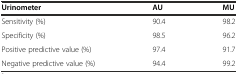
<table><thead><tr><td><b>Urinometer</b></td><td><b>AU</b></td><td><b>MU</b></td></tr></thead><tbody><tr><td>Sensitivity (%)</td><td>90.4</td><td>98.2</td></tr><tr><td>Specificity (%)</td><td>98.5</td><td>96.2</td></tr><tr><td>Positive predictive value (%)</td><td>97.4</td><td>91.7</td></tr><tr><td>Negative predictive value (%)</td><td>94.4</td><td>99.2</td></tr></tbody></table>